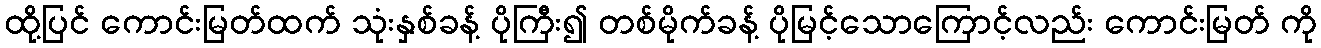
ထို့ပြင် ကောင်းမြတ်ထက် သုံးနှစ်ခန့် ပိုကြီး၍ တစ်မိုက်ခန့် ပိုမြင့်သောကြောင့်လည်း ကောင်းမြတ် ကို